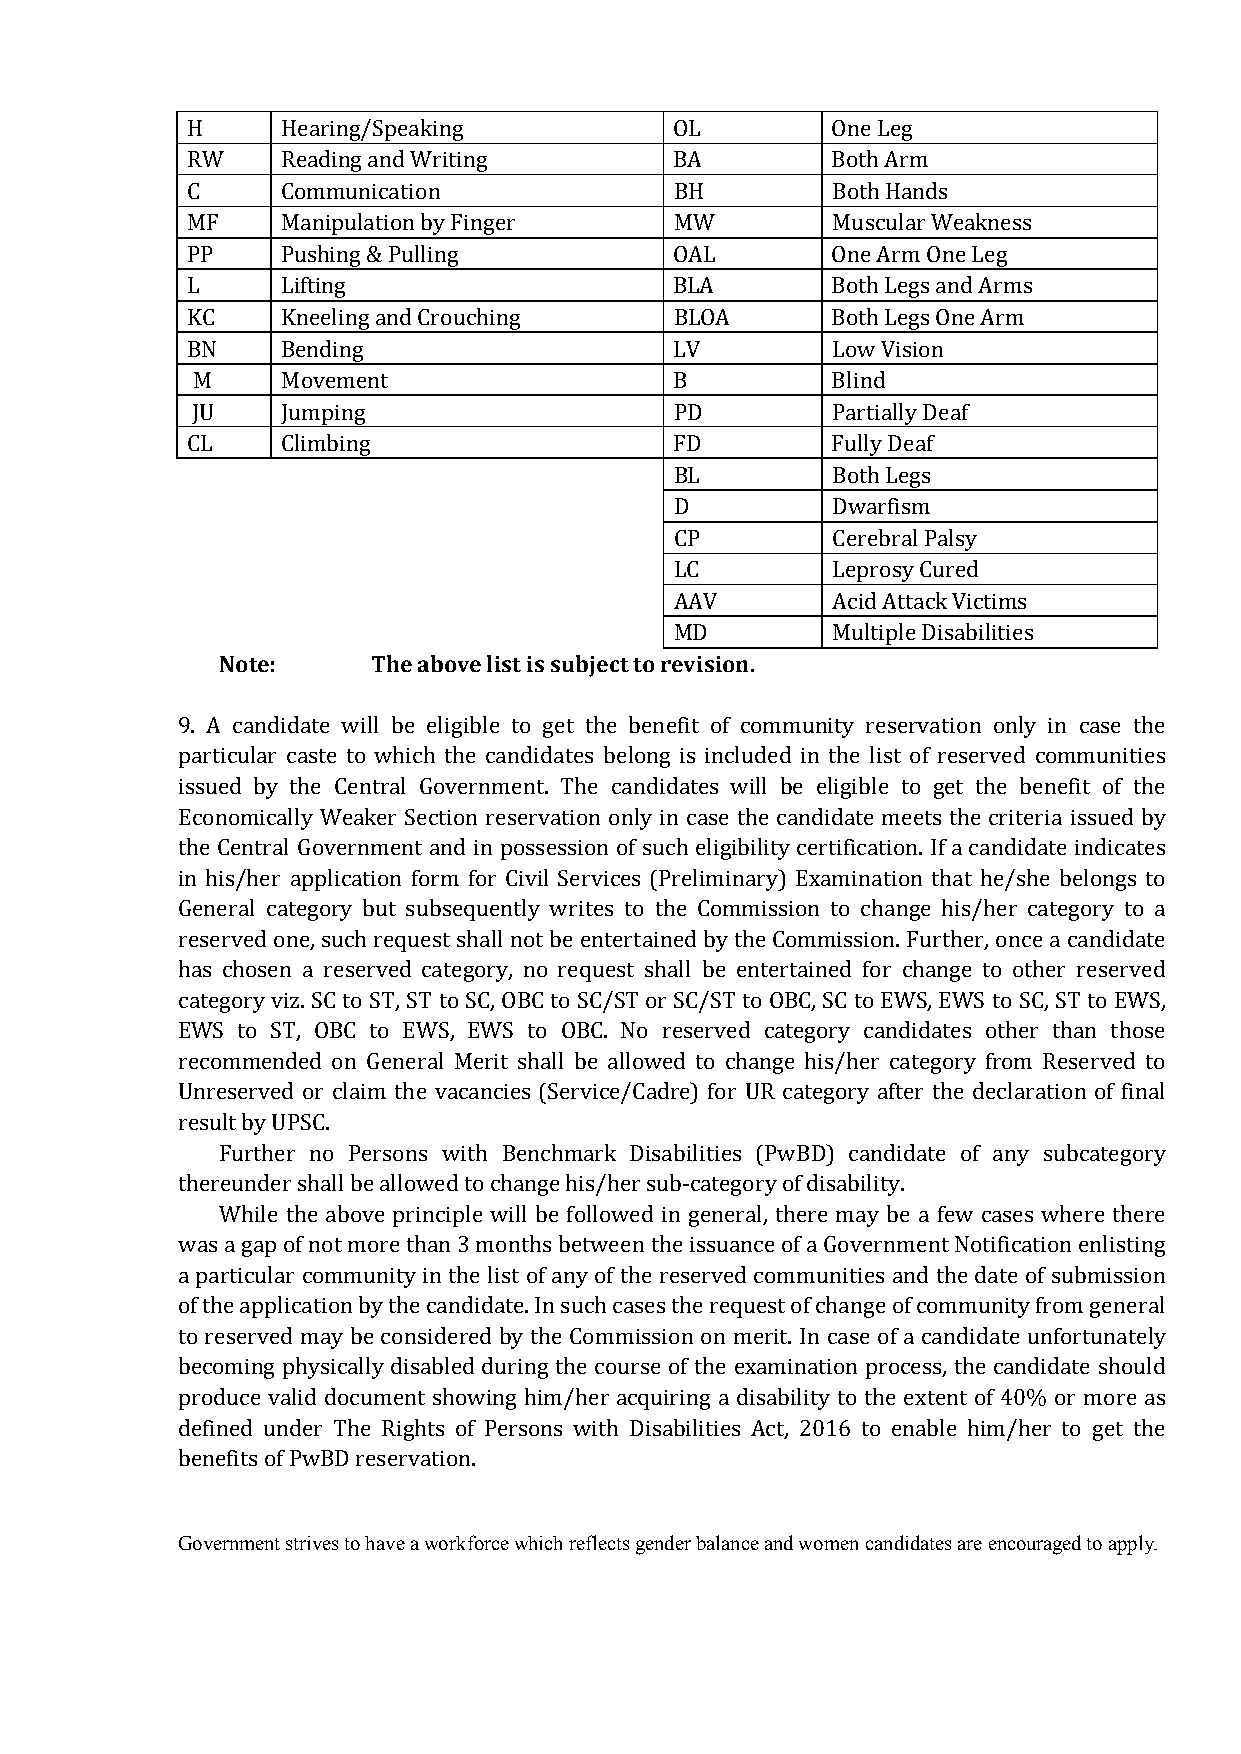
H      Hearing/Speaking          OL        One Leg
 RW     Reading and Writing       BA        Both Arm
 C      Communication             BH        Both Hands
 MF     Manipulation by Finger    MW        Muscular Weakness
 PP     Pushing & Pulling         OAL       One Arm One Leg
 L      Lifting                   BLA       Both Legs and Arms
 KC     Kneeling and Crouching    BLOA      Both Legs One Arm
 BN     Bending                   LV        Low Vision
 M     M ov e m e n t            B         Blind
 JU    Jumping                   PD        Partially Deaf
 CL     Climbing                  FD        Fully Deaf
 BL        Both Legs
 D         Dwarfism
 CP        Cerebral Palsy
 LC        Leprosy Cured
 AAV       Acid Attack Victims
 Note:     The above list is subject to revision.
 MD        Multiple Disabilities
 9. A candidate will be eligible to get the benefit of community reservation only in case the
 particular caste to which the candidates belong is included in the list of reserved communities
 issued by the Central Government. The candidates will be eligible to get the benefit of the
 Economically Weaker Section reservation only in case the candidate meets the criteria issued by
 the Central Government and in possession of such eligibility certification. If a candidate indicates
 in his/her application form for Civil Services (Preliminary) Examination that he/she belongs to
 General category but subsequently writes to the Commission to change his/her category to a
 reserved one, such request shall not be entertained by the Commission. Further, once a candidate
 has chosen a reserved category, no request shall be entertained for change to other reserved
 category viz. SC to ST, ST to SC, OBC to SC/ST or SC/ST to OBC, SC to EWS, EWS to SC, ST to EWS,
 EWS to ST, OBC to EWS, EWS to OBC. No reserved category candidates other than those
 recommended on General Merit shall be allowed to change his/her category from Reserved to
 Unreserved or claim the vacancies (Service/Cadre) for UR category after the declaration of final
 result by UPSC.
 Further no Persons with Benchmark Disabilities (PwBD) candidate of any subcategory
 thereunder shall be allowed to change his/her sub-category of disability.
 While the above principle will be followed in general, there may be a few cases where there
 was a gap of not more than 3 months between the issuance of a Government Notification enlisting
 a particular community in the list of any of the reserved communities and the date of submission
 of the application by the candidate. In such cases the request of change of community from general
 to reserved may be considered by the Commission on merit. In case of a candidate unfortunately
 becoming physically disabled during the course of the examination process, the candidate should
 produce valid document showing him/her acquiring a disability to the extent of 40% or more as
 defined under The Rights of Persons with Disabilities Act, 2016 to enable him/her to get the
 benefits of PwBD reservation.
 Government strives to have a workforce which reflects gender balance and women candidates are encouraged to apply.